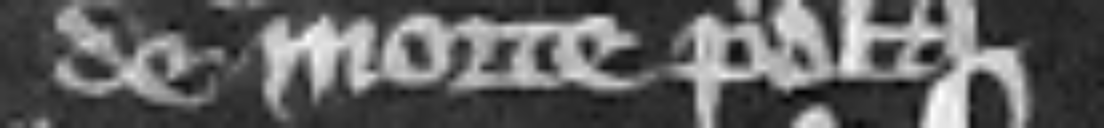
de morte predicta